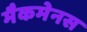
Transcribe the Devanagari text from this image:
मैकमेनस